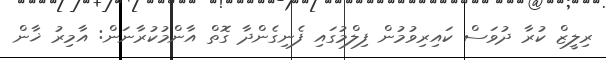
ރިލީޒް ކުރާ ދުވަސް ކައިރިވުމުން ފިލްމުގައި ފެނިގެންދާ ގޮތް އާންމުކުރާނަން: އާމިރު ޚާން